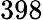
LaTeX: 398